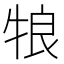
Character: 𰠵